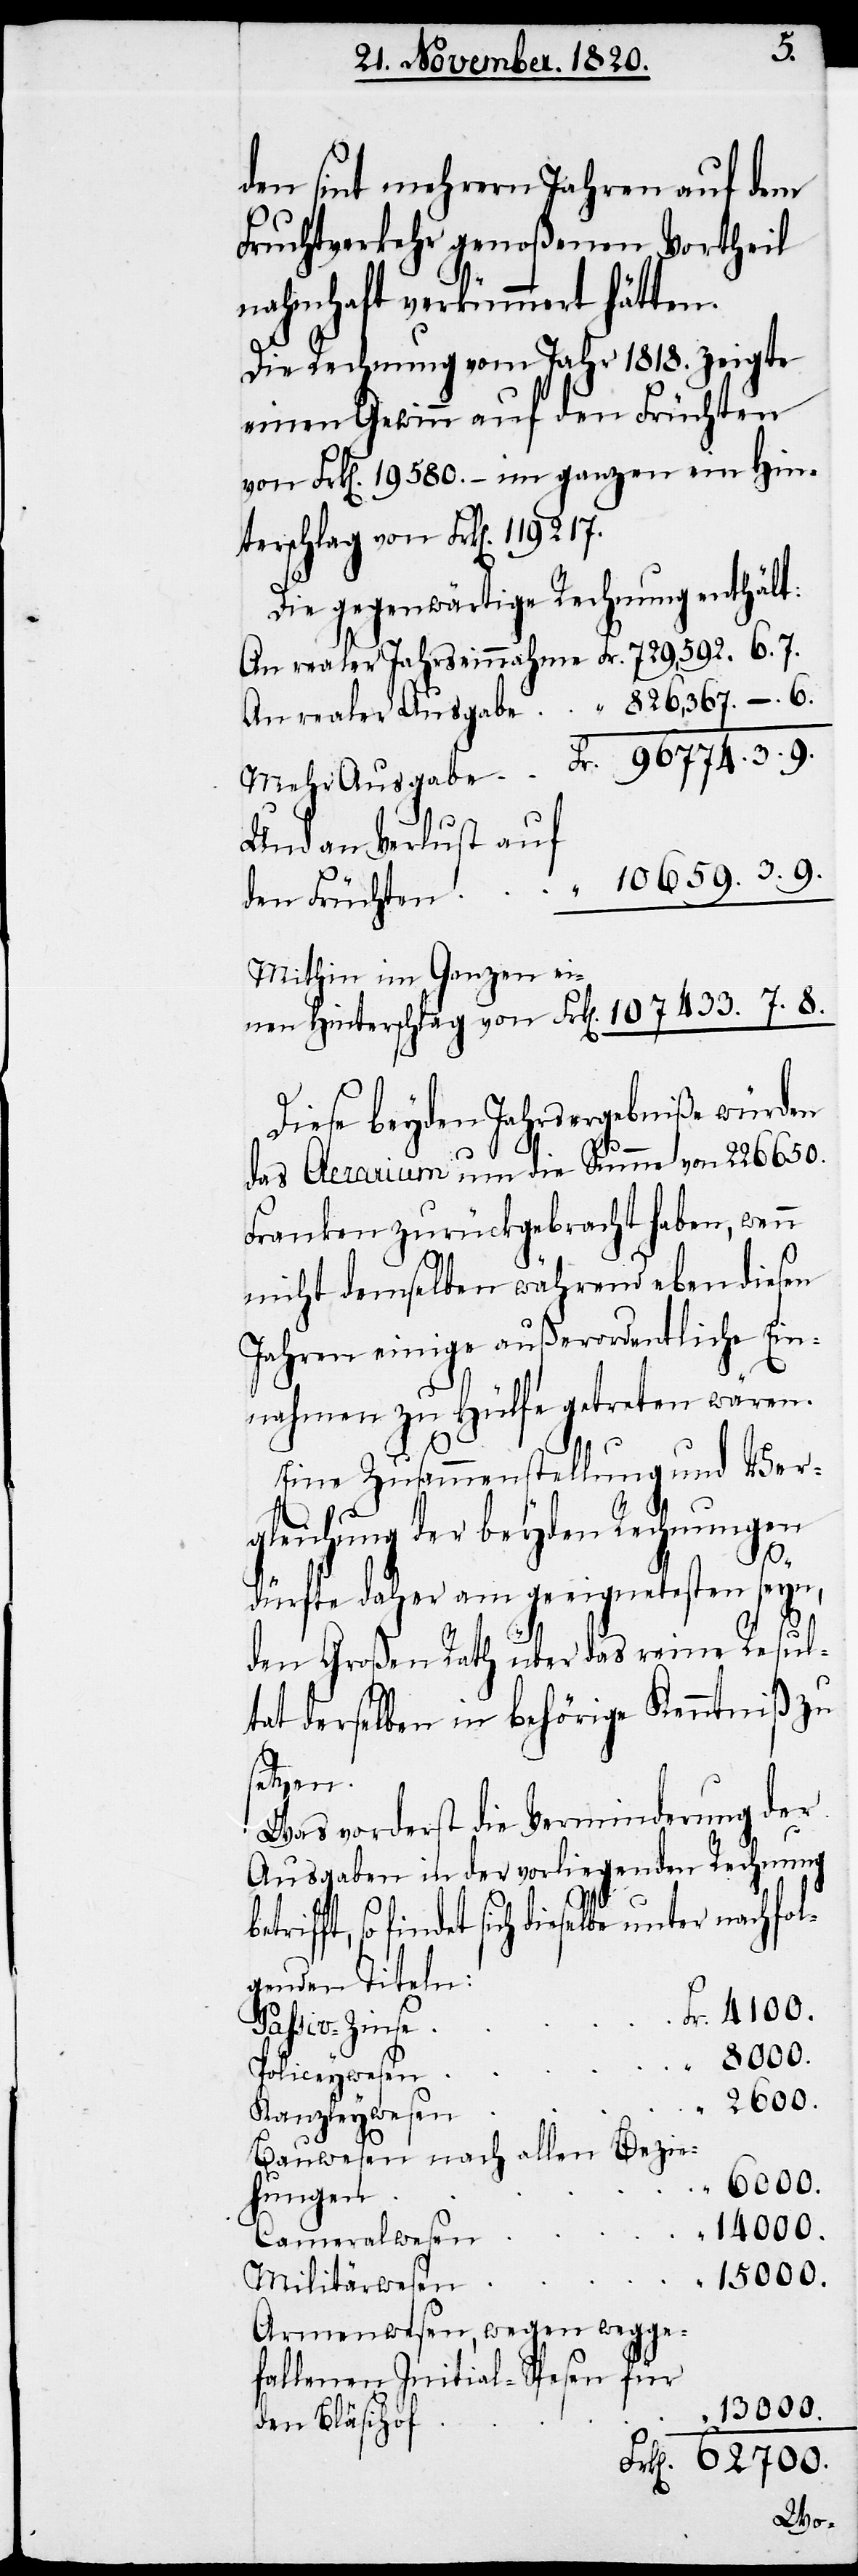
3.
den sint mehrern Jahren auf dem
Fruchtverkehr genoßenen Vortheil
9.
nahmhaft verkümmert hätten.
Die Rechnung vom Jahr 1818. zeigte
einen Gewinn auf den Früchten
von Frk[en]. 19 580.– im ganzen ein Hin¬
terschlag von Frk[en]. 119
Die gegenwärtige Rechnung enthält:
Und an Verlust auf
10 659. 3. 9.
den Früchten
Mithin im Ganzen einen
Diese beyden Jahrsergebniße würden
das Aerarium um die Summe von 226 650.
Franken zurückgebracht haben, wenn
nicht demselben während eben diesen
Jahren einige außerordentliche Ein¬
nahmen zu Hülfe getreten wären.
Eine Zusammenstellung und Ver¬
gleichung der beyden Rechnungen
dürfte daher am geeignetesten seyn,
den Großen Rath über das reine Resul¬
tat derselben in behörige Kenntniß zu
setzen.
Was vorderst die Verminderung der
Ausgaben in der vorliegenden Rechnung
“
Fr.
rifft, so findet sich dieselbe unter nachfol¬
genden Titeln:
4100.
Passiv-Zinse
Policeywesen
2600.
Kanzleywesen
Bauwesen nach allen Bezie¬
62 700.
hungen
“
Cameralwesen
13 000.
Militärwesen
Armenwesen, wegen wegge¬
fallenen Initial-Spesen für
den Bläsihof